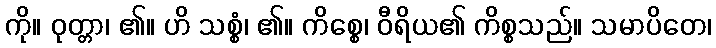
ကို။ ဝုတ္တာ၊ ၏။ ဟိ သစ္စံ၊ ၏။ ကိစ္စေ၊ ဝီရိယ၏ ကိစ္စသည်။ သမာပိတေ၊